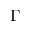
\Gamma